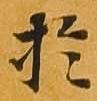
於